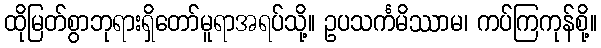
ထိုမြတ်စွာဘုရားရှိတော်မူရာအရပ်သို့။ ဥပသင်္ကမိဿာမ၊ ကပ်ကြကုန်စို့။